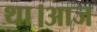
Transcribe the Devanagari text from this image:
था।आज